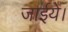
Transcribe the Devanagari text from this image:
जाईये।